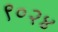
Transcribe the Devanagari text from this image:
९०२४